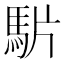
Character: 𩢝